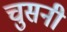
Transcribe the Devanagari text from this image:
चुसनी